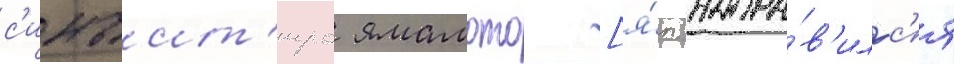
с'инъит'иро ямамото [я́п. напра́в'илс'я